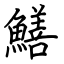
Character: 鱔